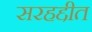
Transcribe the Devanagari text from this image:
सरहद्दीत